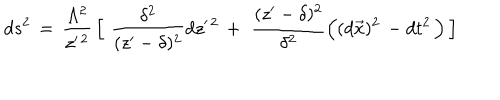
LaTeX: d s ^ { 2 } \, = \, { \frac { \Lambda ^ { 2 } } { z ^ { \prime \, 2 } } } \, \Big \lbrack \, \, { \frac { \delta ^ { 2 } } { ( z ^ { \prime } - \delta ) ^ { 2 } } } d z ^ { \prime \, 2 } \, + \, \, { \frac { ( z ^ { \prime } - \delta ) ^ { 2 } } { \delta ^ { 2 } } } \Big ( ( d \vec { x } ) ^ { 2 } \, - d t ^ { 2 } \, \Big ) \, \Big \rbrack